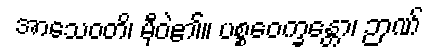
အာသေဝတိ၊ မှီဝဲ၏။ ပစ္စဝေက္ခန္တော၊ ဉာဏ်